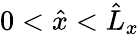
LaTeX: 0<\hat{x}<\hat{L}_{x}